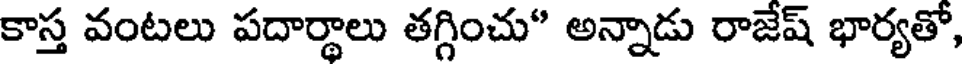
కాస్త వంటలు పదార్థాలు తగ్గించు" అన్నాడు రాజేష్ భార్యతో,